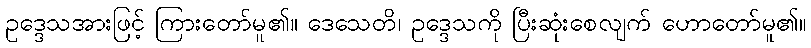
ဥဒ္ဒေသအားဖြင့် ကြားတော်မူ၏။ ဒေသေတိ၊ ဥဒ္ဒေသကို ပြီးဆုံးစေလျက် ဟောတော်မူ၏။